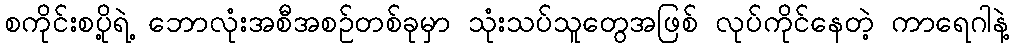
စကိုင်းစပို့ရဲ့ ဘောလုံးအစီအစဉ်တစ်ခုမှာ သုံးသပ်သူတွေအဖြစ် လုပ်ကိုင်နေတဲ့ ကာရေဂါနဲ့